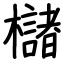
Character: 櫧